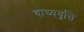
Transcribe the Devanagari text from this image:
वाच्यवृत्ति